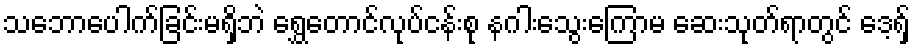
သဘောပေါက်ခြင်းမရှိဘဲ ရွှေတောင်လုပ်ငန်းစု နဂါးသွေးကြောမ ဆေးသုတ်ရာတွင် ဒေ့ရှ်